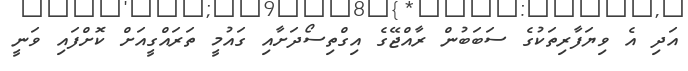
އަދި އެ ވިޔަފާރިތަކުގެ ސަބަބުން ރާއްޖޭގެ އިގްތިސޯދަށާއި ގައުމީ ތަރައްގީއަށް ކޮށްފައި ވަނީ